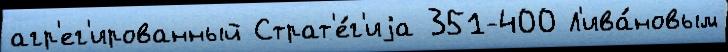
агр'ег'ированный Страт'е́г'иjа 351-400 Л'ива́новым